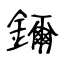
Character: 鑈